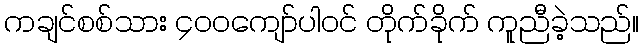
ကချင်စစ်သား ၄၀၀ကျော်ပါဝင် တိုက်ခိုက် ကူညီခဲ့သည်။